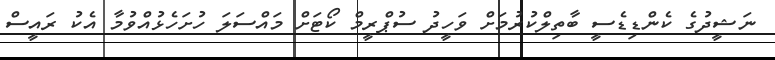
ނަޝީދުގެ ކެންޑިޑެސީ ބާތިލްކުރުމަށް ވަހީދު ސުޕްރީމް ކޯޓަށް މައްސަލަ ހުށަހެޅުއްވުމާ އެކު ރައީސް